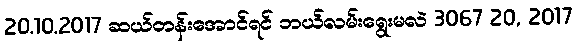
20.10.2017 ဆယ်တန်းအောင်ရင် ဘယ်လမ်းရွေးမလဲ 3067 20, 2017